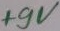
Text: +9V